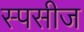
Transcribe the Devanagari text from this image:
स्पसीज